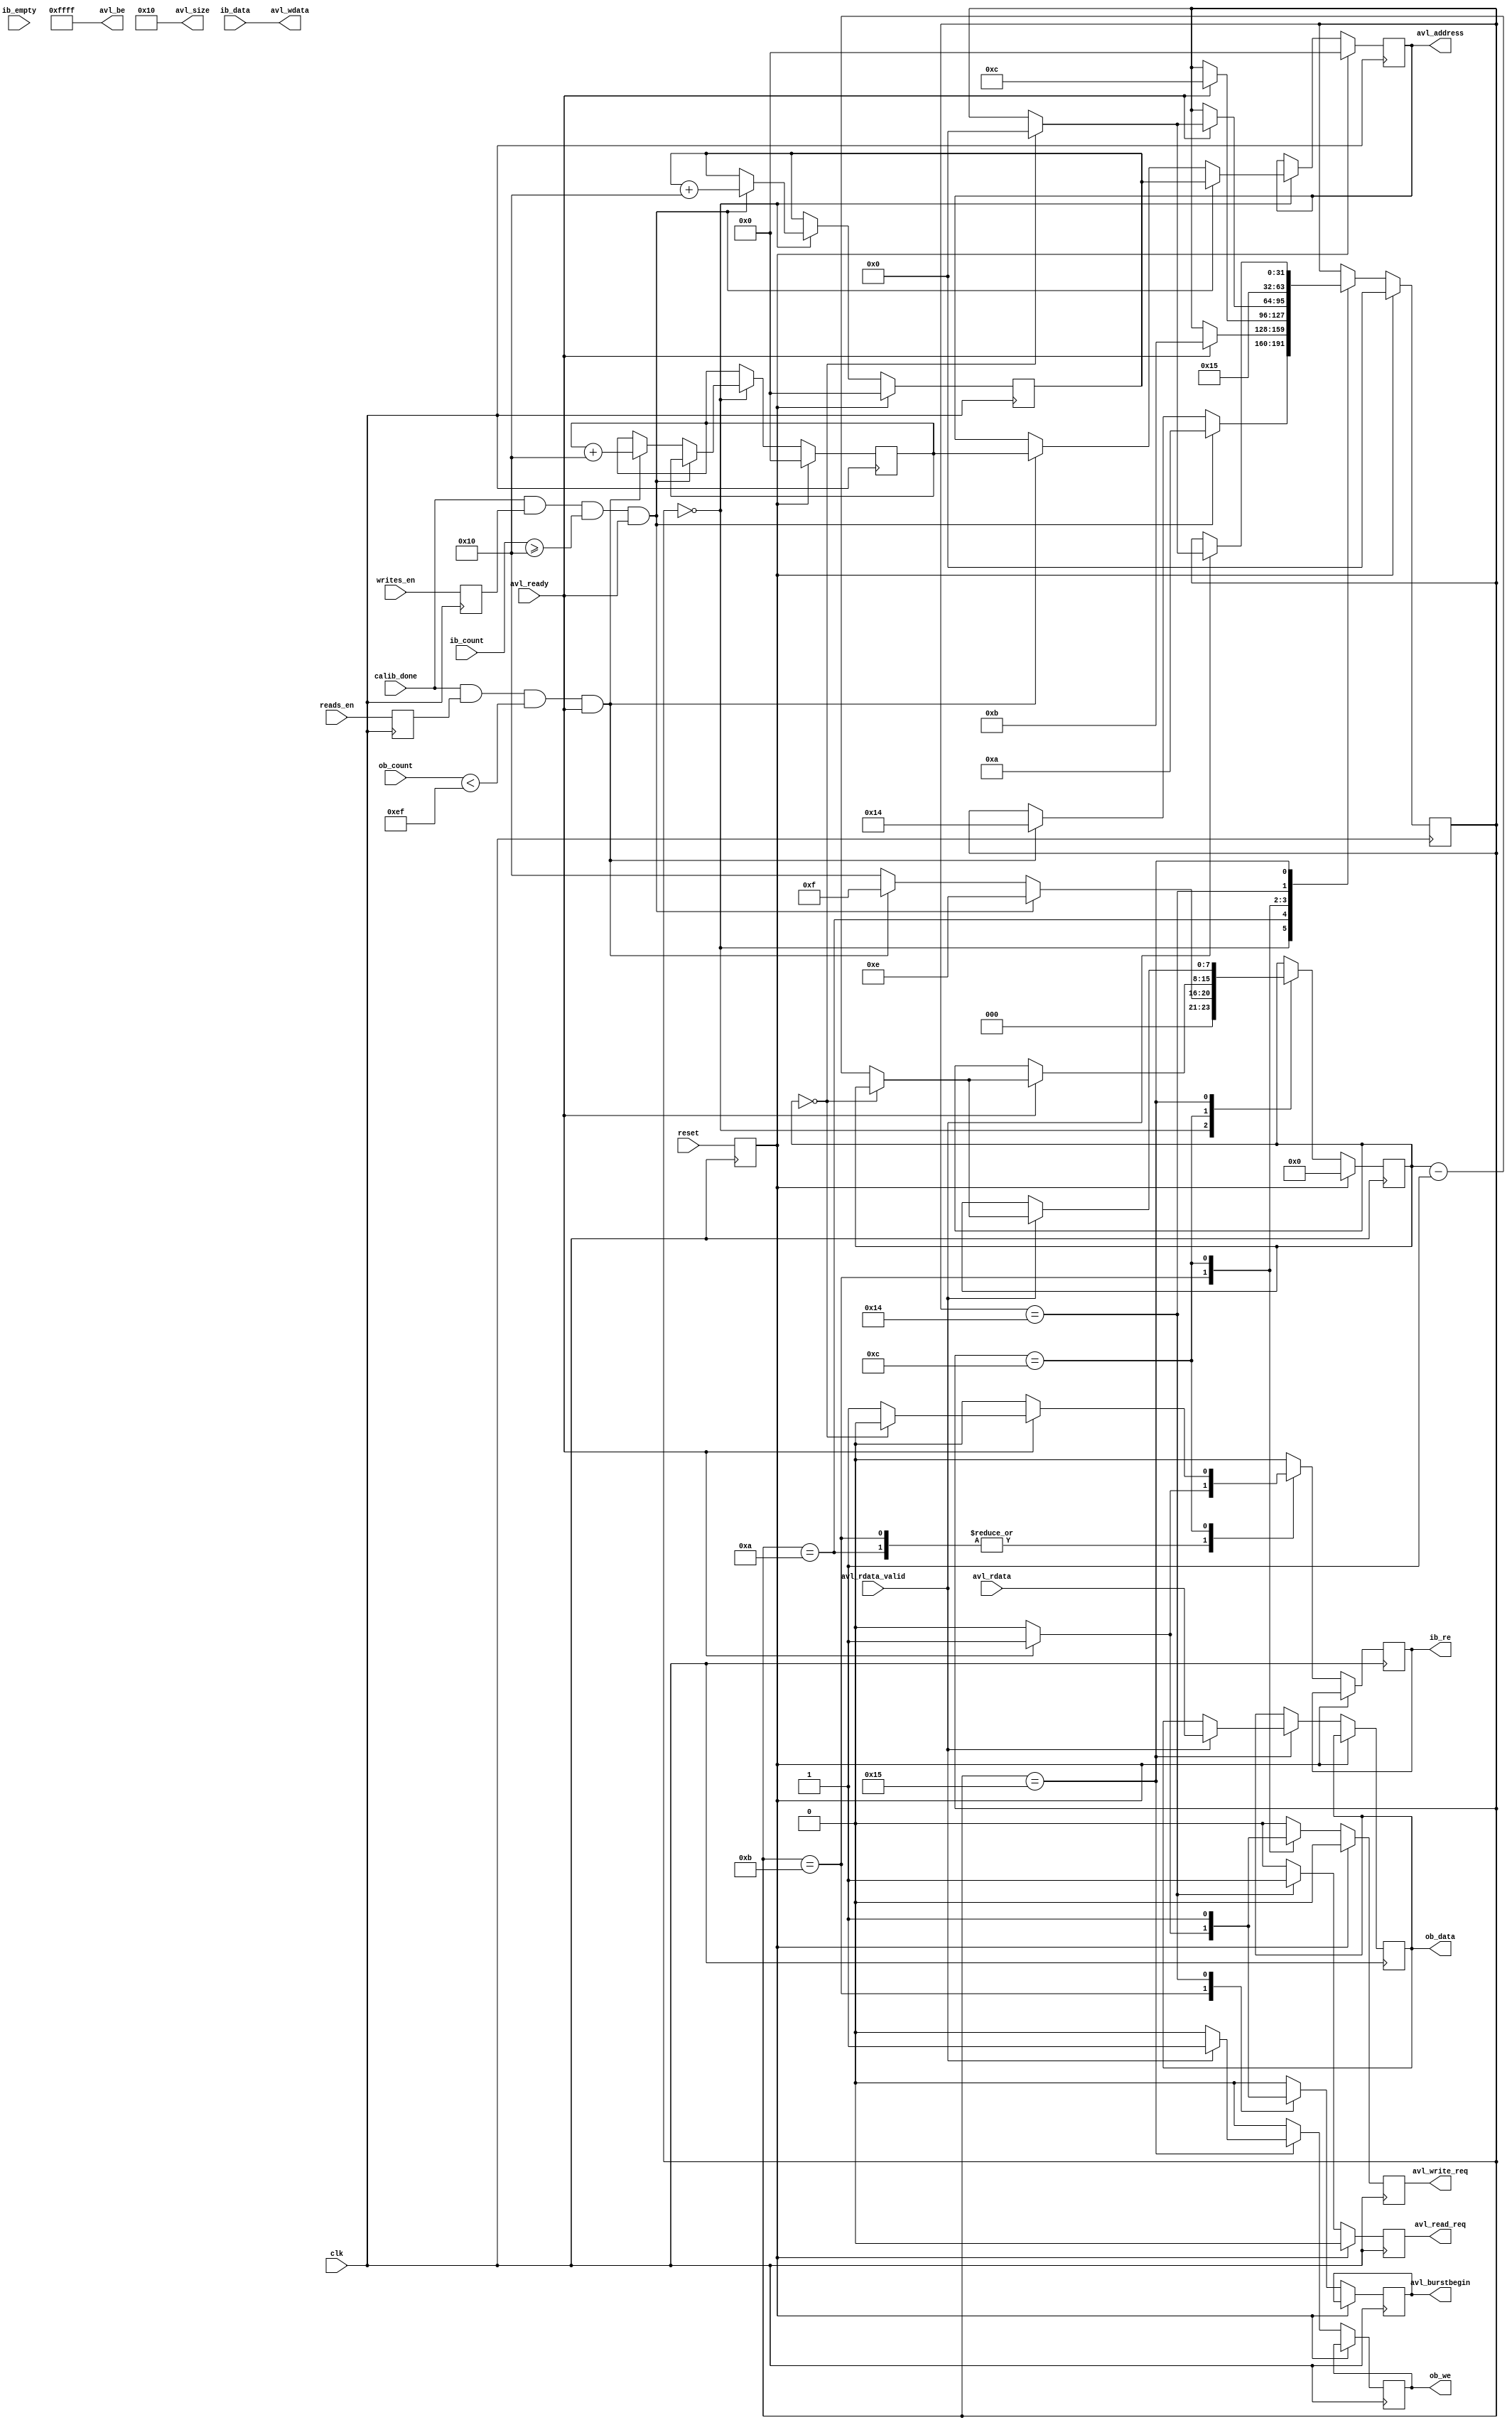

`timescale 1ns/1ps
//`default_nettype none

module ddr3_test (
	input  wire          clk,
	input  wire          reset,
	input  wire          writes_en,
	input  wire          reads_en,
	input  wire          calib_done,

	//DDR Input Buffer (ib_)
	output reg           ib_re,
	input  wire [127:0]  ib_data,
	input  wire [8:0]   ib_count,
	input  wire          ib_empty,

	//DDR Output Buffer (ob_)
	output reg           ob_we,
	output reg  [127:0]  ob_data,
	input  wire [8:0]   ob_count,

	input  wire          avl_ready,
	output reg           avl_burstbegin,
	output reg  [24:0]   avl_address,
	output wire [7:0]    avl_size,

	output reg           avl_read_req,
	input  wire          avl_rdata_valid,
	input  wire [127:0]  avl_rdata,

	output reg           avl_write_req,
	output wire [127:0]  avl_wdata,
	output wire [15:0]   avl_be
	);

localparam FIFO_SIZE      = 256; // Number of 128-bit words in input/output FIFOs
localparam BURST_LEN      = 16;  // Number of 128bit user words per DRAM command (Must be Multiple of 2)

reg  [24:0] avl_addr_wr, avl_addr_rd;
reg  [7:0]  burst_cnt;

reg         write_mode;
reg         read_mode;
reg         reset_d;
reg         avl_rdata_was_valid;


assign avl_size  = BURST_LEN;
assign avl_be    = 16'hFFFF;
assign avl_wdata = ib_data;

always @(posedge clk) write_mode <= writes_en;
always @(posedge clk) read_mode <= reads_en;
always @(posedge clk) reset_d <= reset;


reg [31:0] state;
localparam s_idle   = 0,
           s_write0 = 10,
           s_write1 = 11,
           s_write2 = 12,
           s_read1  = 20,
           s_read2  = 21,
           s_read3  = 22,
           s_read4  = 23;
always @(posedge clk) begin
	if (reset_d) begin
		state          <= s_idle;
		burst_cnt      <= 3'b000;
		avl_addr_wr    <= 0;
		avl_addr_rd    <= 0;
		avl_address    <= 25'b0;
		avl_read_req    <= 1'b0;
		avl_write_req   <= 1'b0;
		avl_rdata_was_valid <= 1'b0;
	end else begin
		avl_burstbegin  <= 1'b0;
		avl_write_req   <= 1'b0;
		ib_re           <= 1'b0;
		avl_read_req    <= 1'b0;
		ob_we           <= 1'b0;


		case (state)
			s_idle: begin
				burst_cnt <= BURST_LEN;

				// only start writing when initialization done
				if (calib_done==1 && write_mode==1 && (ib_count >= BURST_LEN) && (avl_ready == 1'b1) ) begin
					burst_cnt     <= BURST_LEN - 2;
					avl_address <= avl_addr_wr;
					avl_addr_wr <= avl_addr_wr + BURST_LEN;
					state <= s_write0;
				end else if (calib_done==1 && read_mode==1 && (ob_count<(FIFO_SIZE-1-BURST_LEN) ) && (avl_ready == 1'b1) ) begin
					burst_cnt     <= BURST_LEN - 1;
					avl_address <= avl_addr_rd;
					avl_addr_rd <= avl_addr_rd + BURST_LEN;
					state <= s_read1;
				end
			end

			s_write0: begin
				if (avl_ready == 1'b1) begin
					ib_re <= 1'b1;
					state <= s_write1;
				end
			end

			s_write1: begin
				if (avl_ready == 1'b1) begin
					avl_burstbegin  <= 1'b1;
					avl_write_req   <= 1'b1;
					ib_re <= 1'b1;
					state <= s_write2;
				end
			end

			s_write2: begin
				avl_write_req   <= 1'b1;
				// Keep write request and data present until
				// controller is ready.
				if (avl_ready == 1'b1) begin
					if (burst_cnt == 3'd0) begin
						state <= s_idle;
					end else begin
						ib_re <= 1'b1;
						burst_cnt <= burst_cnt - 1'b1;
					end
				end
			end

			s_read1: begin
				avl_burstbegin <= 1'b1;
				avl_read_req   <= 1'b1;
				state          <= s_read2;
			end

			s_read2: begin
				if (avl_rdata_valid == 1'b1) begin
					ob_data <= avl_rdata;
					ob_we <= 1'b1;
					if (burst_cnt == 3'd0) begin
						state <= s_idle;
					end else begin
						burst_cnt <= burst_cnt - 1'b1;
					end
				end
			end
		endcase
	end
end


endmodule